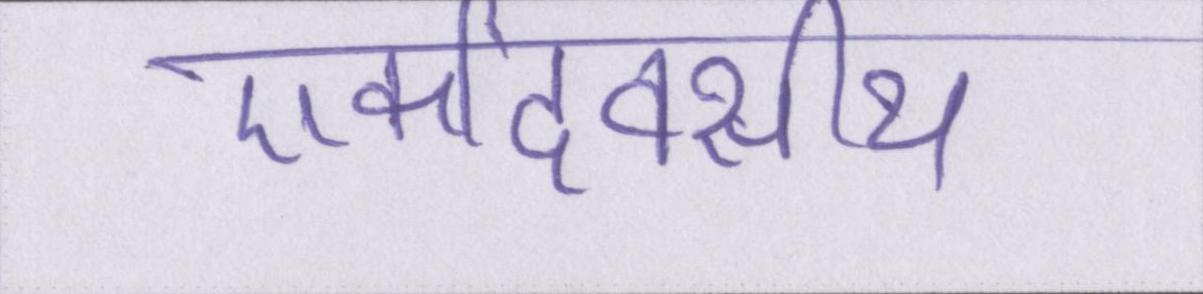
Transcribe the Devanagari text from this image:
एकदिवसीय